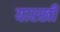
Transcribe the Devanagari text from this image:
यारखी